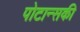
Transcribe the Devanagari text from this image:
पोटान्सकी